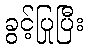
ခွင့်ပြုပြီး